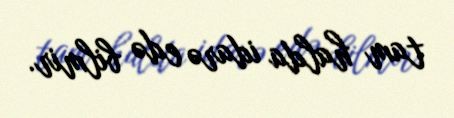
tam halda idarə edə bilmir.